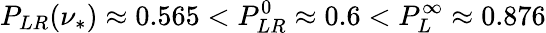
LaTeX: P_{LR}(\nu_{*})\approx 0.565<P_{LR}^{0}\approx 0.6<P_{L}^{\infty}\approx 0.876